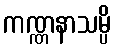
ကဏ္ဏနာသမ္ပိ